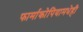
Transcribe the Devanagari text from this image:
फार्माकोपियामधेही